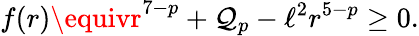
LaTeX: f(r)\equivr^{7-p}+\mathcal{Q}_{p}-\ell^{2}r^{5-p}\ge0.